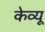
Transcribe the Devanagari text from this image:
केव्यू